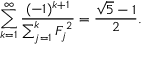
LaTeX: \sum _ { k = 1 } ^ { \infty } { \frac { ( - 1 ) ^ { k + 1 } } { \sum _ { j = 1 } ^ { k } { F _ { j } } ^ { 2 } } } = { \frac { { \sqrt { 5 } } - 1 } { 2 } } .